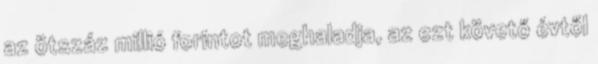
az ötszáz millió forintot meghaladja, az ezt követő évtől